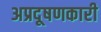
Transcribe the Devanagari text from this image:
अप्रदूषणकारी